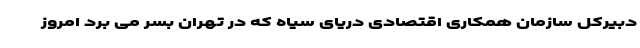
دبیرکل سازمان همکاری اقتصادی دریای سیاه که در تهران بسر می برد امروز